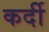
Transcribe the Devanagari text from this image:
कर्दी